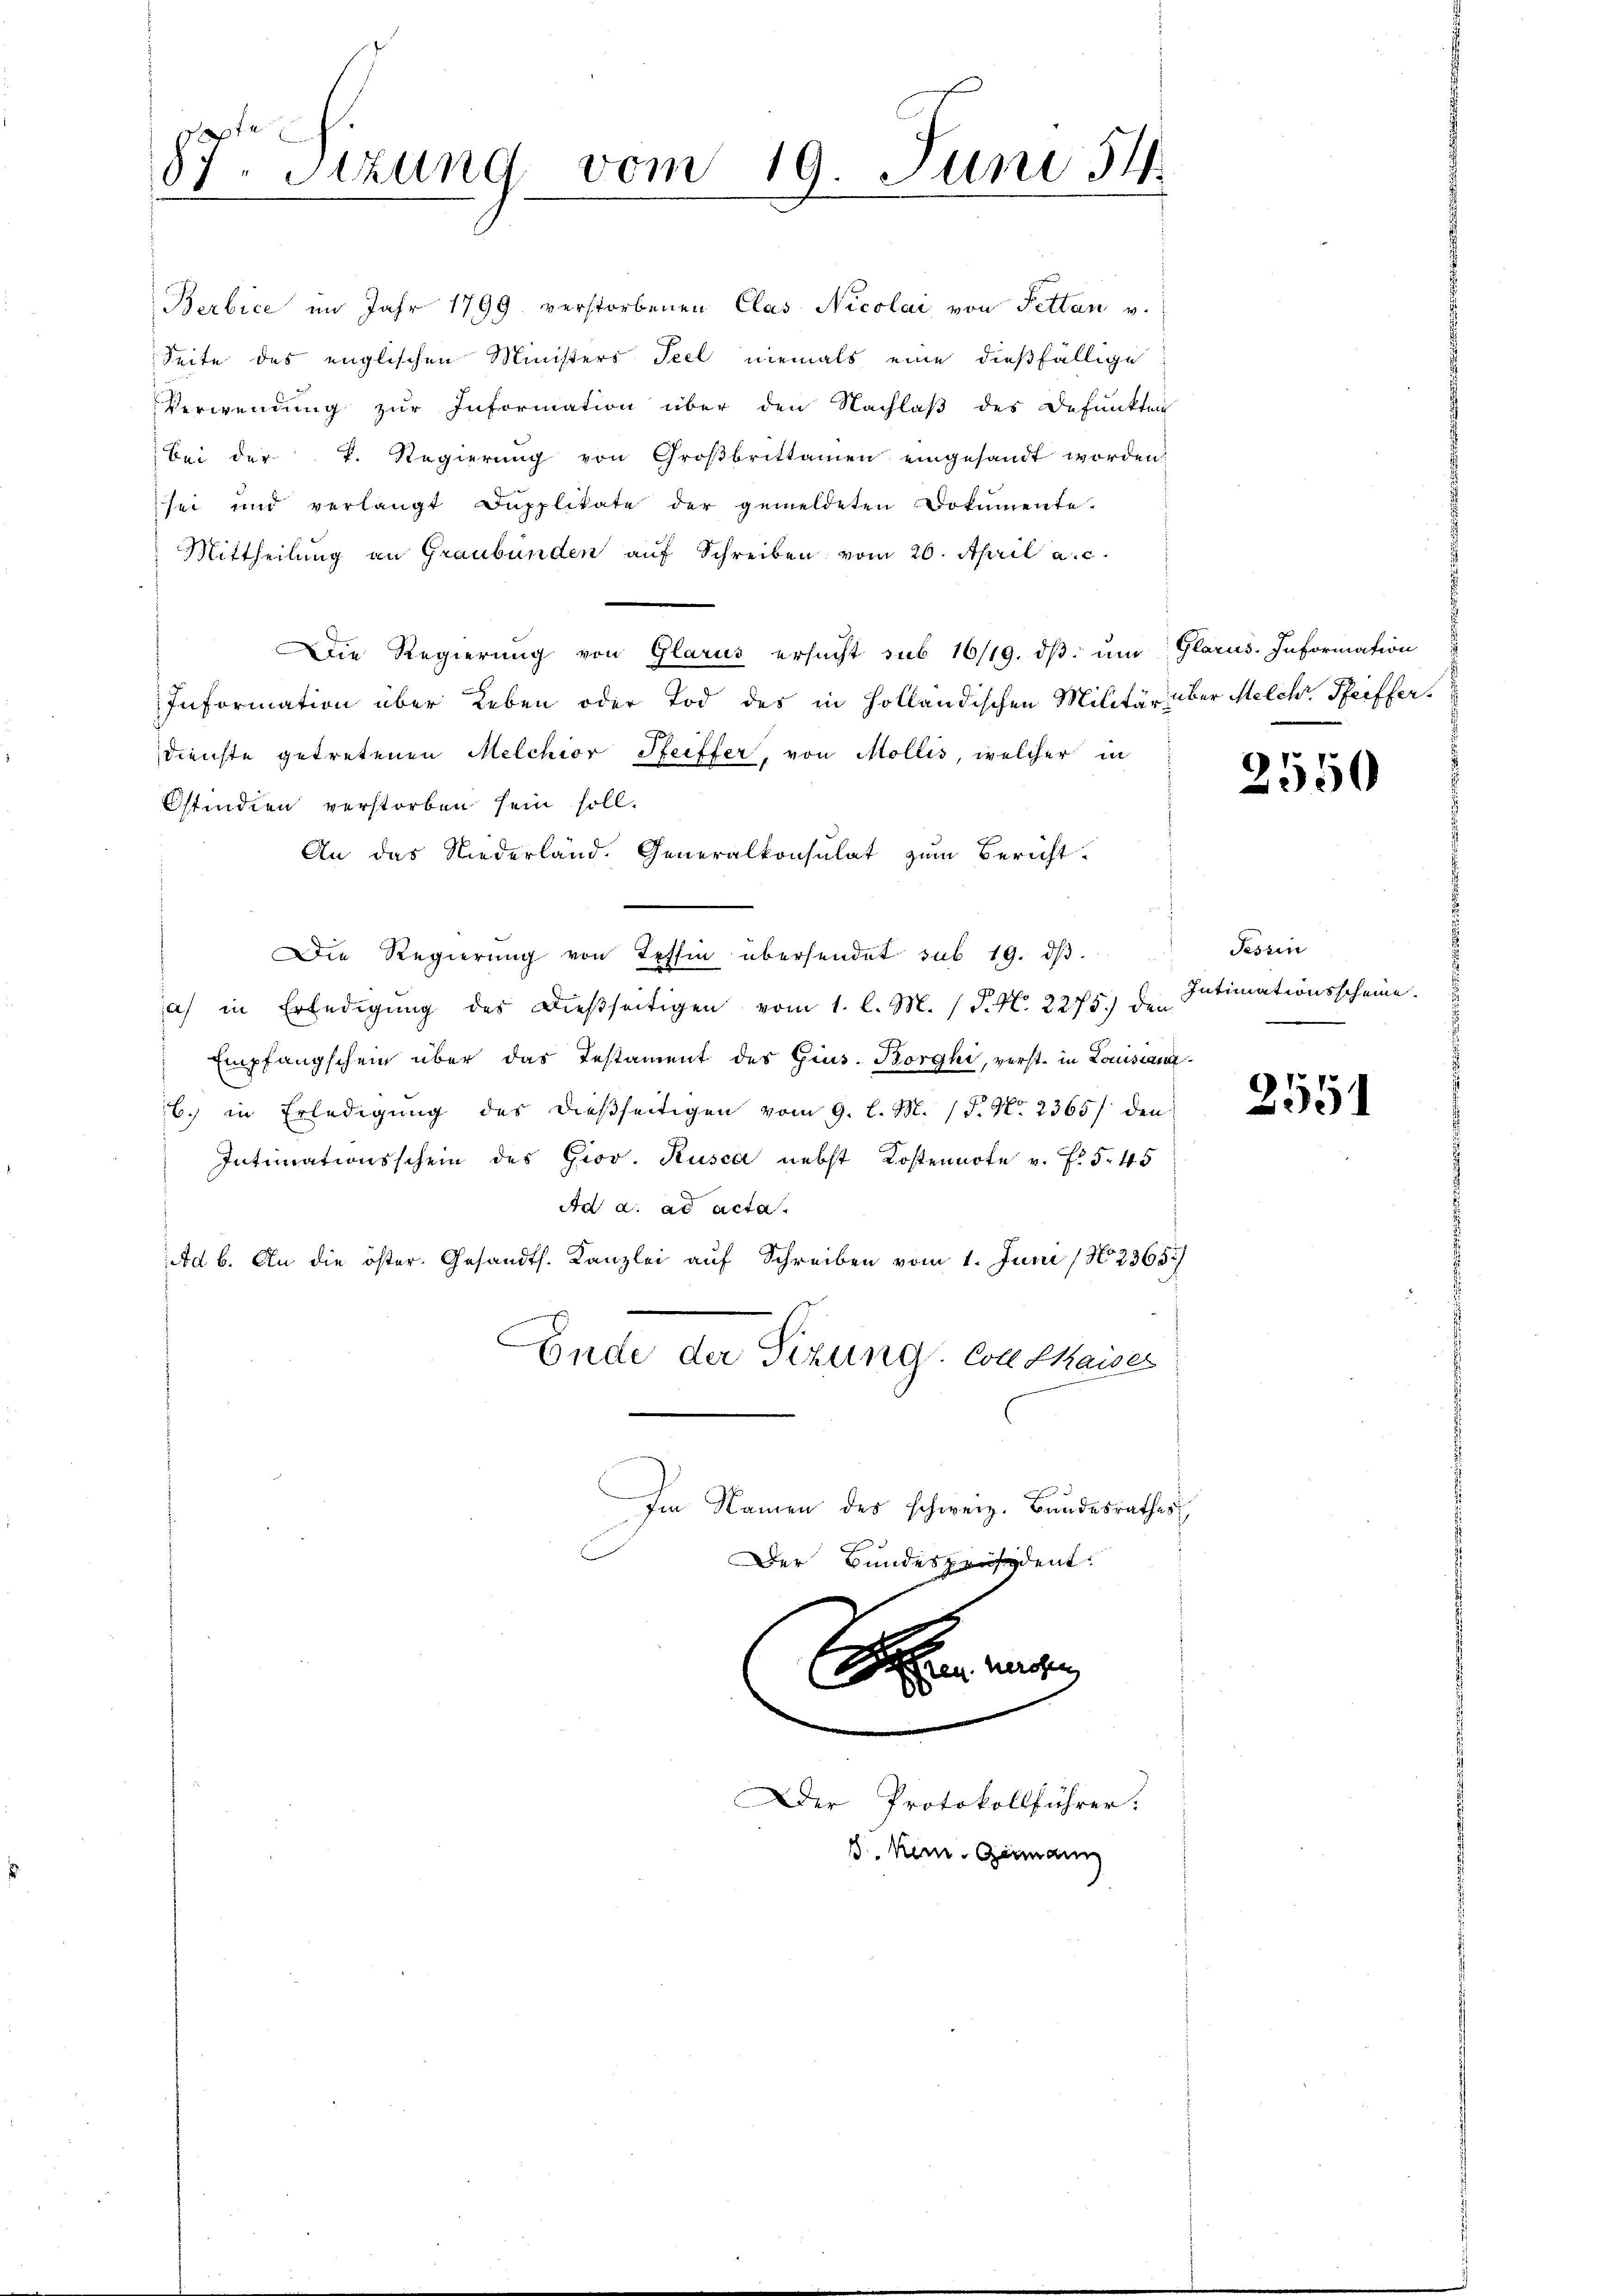
87. Sitzung vom 19. Juni 54

Berbice im Jahr 1799 verstorbenen Clas Nicolai von Pettan v.
Seite des englischen Ministers Teel niemals eine dießfällige
Verwendung zur Information über den Nachlaß des Defunkten
Bei der k. Regierŭng von Groβbrittamen eingesandt worden.
sei und verlangt Dapplikate der gemeldeten Dokumente.
Mittheilung an Graubünden aŭf Schreiben vom 20. April a. c.
Die Regierung von Glarus ersucht sub 16/19. dβ ŭm Glarus. Information
Information über Leben oder Tod des in Holländischen Militär über Melche Pfeiffer
dienste getretenen Melchior Seiffer, von Mollis, welcher in
Ostindien verstorben sein soll.
An das Niederland. Generalkonsulat zum Bericht
Die Regierung von Tessin übersendet sub 19. dβ.
a) in Erledigung des dießseitigen vom 1. l. M. (T. N. 2275) den
Empfangschein über das Testament des Gius. Borghi, verst in Louistanz¬
6. in Erledigung des dießseitigen vom 9. l. M. (T. No. 2365/ den
Intimationsschein des Giov. Kusca nebst Kostennote v. Fr. 5. 45
An a. ad acta.
Ad b. An die öster. Gesandts. Kanzlei auf Schreiben vom 1. Juni /2365/
Ende der Sizung. Coll Kaises
Im Namen des schweiz. Bandesrathes
Der Bundespräsident:

2
een müsse
Der Protokollführer:
J. Kein Germann

2550

Tessin
Intimationsscheine

2551